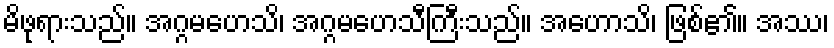
မိဖုရားသည်။ အဂ္ဂမဟေသိ၊ အဂ္ဂမဟေသီကြီးသည်။ အဟောသိ၊ ဖြစ်၏။ အဿ၊